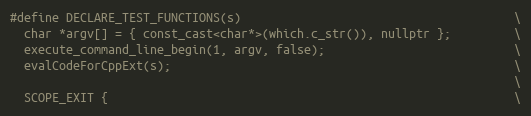
Language: C
#define DECLARE_TEST_FUNCTIONS(s)                                       \
  char *argv[] = { const_cast<char*>(which.c_str()), nullptr };         \
  execute_command_line_begin(1, argv, false);                           \
  evalCodeForCppExt(s);                                                 \
                                                                        \
  SCOPE_EXIT {                                                          \